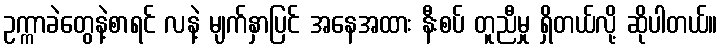
ဥက္ကာခဲတွေနဲ့စာရင် လနဲ့ မျက်နှာပြင် အနေအထား နီးစပ် တူညီမှု ရှိတယ်လို့ ဆိုပါတယ်။